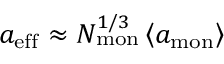
{ a _ { \mathrm { e f f } } \approx N _ { \mathrm { m o n } } ^ { 1 / 3 } \left< a _ { \mathrm { m o n } } \right> }